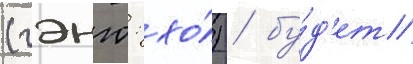
(гэнго: хо́) / бу́д'ет